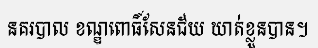
នគរបាល ខណ្ឌពោធិ៍សែនជ័យ ឃាត់ខ្លួនបាន។